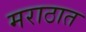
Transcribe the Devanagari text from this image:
मराठात